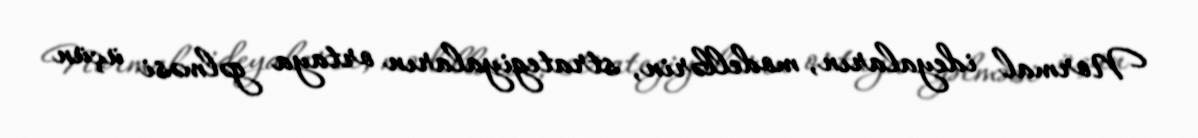
Normal ideyaların, modellərin, strategiyaların ortaya gəlməsi üçün